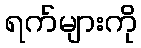
ရက်များကို